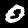
Label: 0